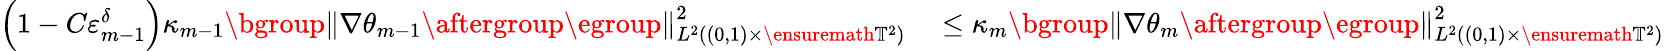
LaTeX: \begin{array}{rl}{\Bigl(1-C\varepsilon_{m-1}^{\delta}\Bigr)\kappa_{m-1}\mathopen{}\mathclose\bgroup\left\| \nabla\theta_{m-1}\aftergroup\egroup\right\| _{L^{2}((0,1)\times\ensuremath{\mathbb{T}}^{2})}^{2}}&{{}\leq\kappa_{m}\mathopen{}\mathclose\bgroup\left\| \nabla\theta_{m}\aftergroup\egroup\right\| _{L^{2}((0,1)\times\ensuremath{\mathbb{T}}^{2})}^{2}}\end{array}